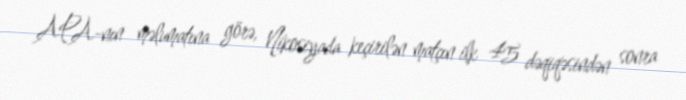
APA-nın məlumatına görə, Nikosiyada keçirilən matçın ilk 45 dəqiqəsindən sonra